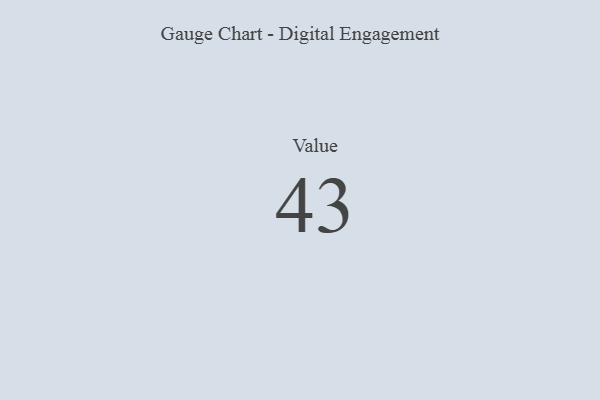
{"axis": {"x": "Metric", "y": "Value"}, "legend": [""], "data": [{"x": "Value", "y": 43, "type": ""}]}